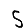
Digit: 5